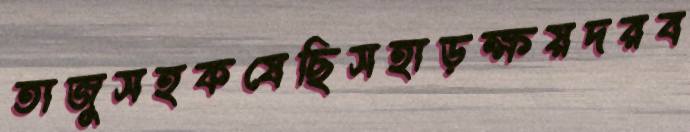
তাজুসহকষেছিসহাড়ক্ষয়দরব